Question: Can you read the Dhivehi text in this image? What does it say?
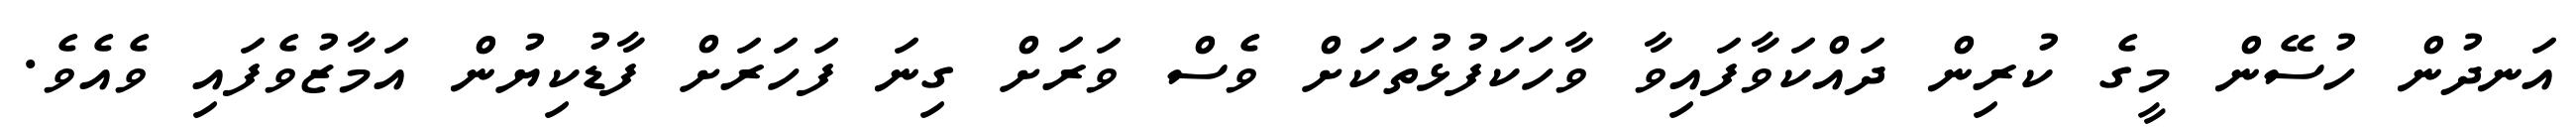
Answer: އަނދުން ހުސޭން މީގެ ކުރިން ދައްކަވާފައިވާ ވާހަކަފުޅުތަކަށް ވެސް ވަރަށް ގިނަ ފަހަރަށް ފާޑުކިޔުން އަމާޒުވެފައި ވެއެވެ.